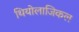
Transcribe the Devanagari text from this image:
थियोलाजिकल